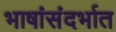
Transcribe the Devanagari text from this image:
भाषांसंदर्भात